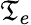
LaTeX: \mathfrak{T}_{e}